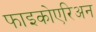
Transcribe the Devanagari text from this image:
फाइकोएरिअन